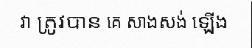
វា ត្រូវបាន គេ សាងសង់ ឡើង